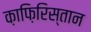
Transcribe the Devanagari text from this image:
क़ाफ़िरिस्तान